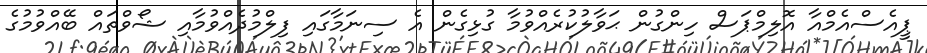
ޕީއެސްއެމްއާ އޮލިމްޕަސް ހިންގުން ޙަވާލުކުރެއްވުމާ ގުޅިގެން އެ ސިނަމާގައި ފިލްމުދެއްވުމާއި ޝޯވްތައް ބޭއްވުމުގެ